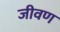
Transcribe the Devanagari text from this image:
जीवण